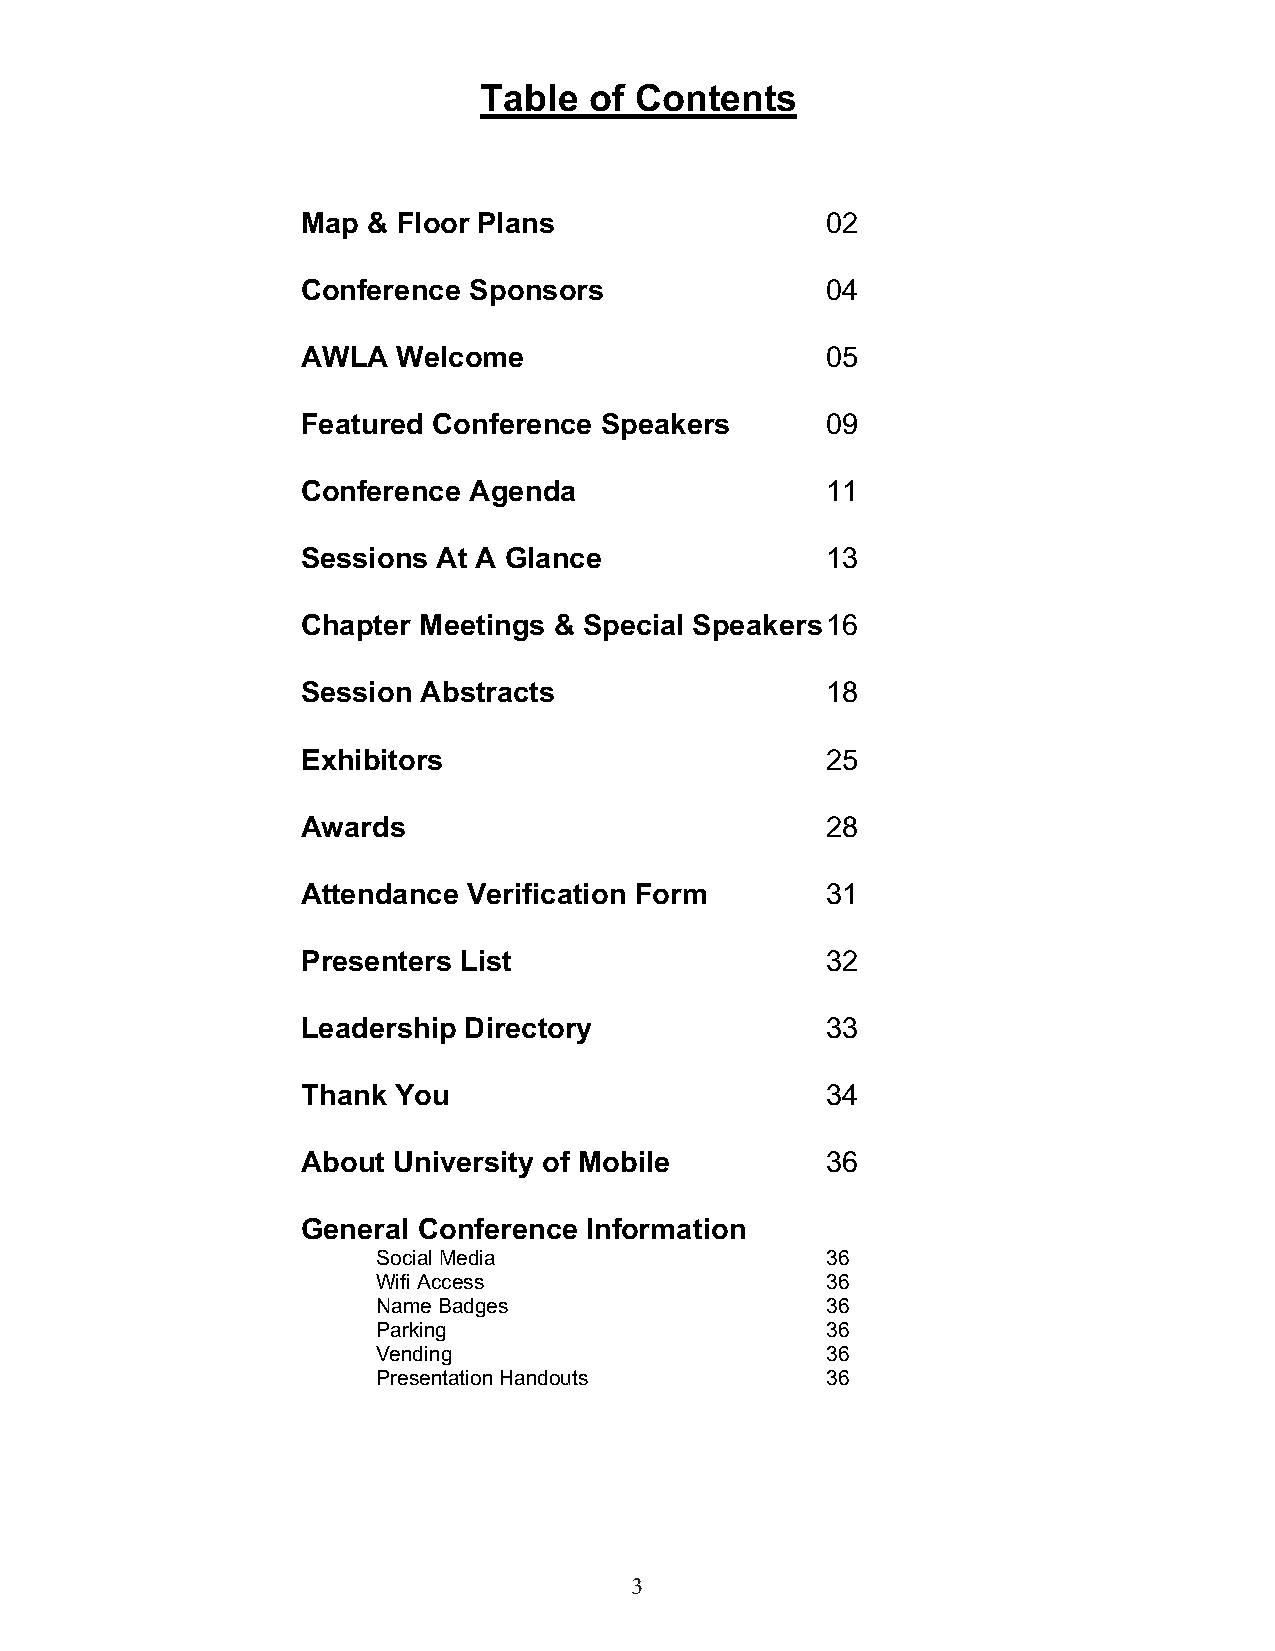
Table  of Contents
 Map & Floor Plans                  02
 Conference Sponsors                04
 AWLA  Welcome                      05
 Featured Conference Speakers       09
 Conference Agenda                  11
 Sessions At A Glance               13
 Chapter Meetings & Special Speakers 16
 Session Abstracts                  18
 Exhibitors                         25
 Awards                             28
 Attendance Verification Form       31
 Presenters List                    32
 Leadership Directory               33
 Thank You                          34
 About University of Mobile         36
 General Conference Information
 Social Media                  36
 Wifi Access                   36
 Name Badges                   36
 Parking                       36
 Vending                       36
 Presentation Handouts         36
 3